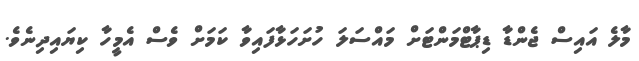
މާލެ އައިސް ޖެންޑާ ޑިޕާޓްމަންޓަށް މައްސަލަ ހުށަހަޅާފައިވާ ކަމަށް ވެސް އެމީހާ ކިޔައިދިނެވެ.